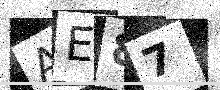
Text: AE87